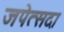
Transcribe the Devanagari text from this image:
जपेत्सदा